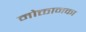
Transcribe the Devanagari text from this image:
मोक्तानका